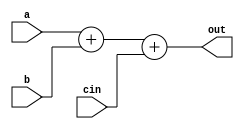
module adder_subtrator(             // module named adder_subtrator. 8038
    output [7:0] out,               // gives output in 7 bit out. 8038
    input [7:0] a,                  // takes input in 7 bit a and b. 8038
    input [7:0] b,
    input cin);                     // takes input in carryIn , cin here. 8038

    assign out = a + b + cin;       // assigning the output out a value of sum of a, b, and  cin. 8038
endmodule





module booths(                      // module named booths . 8038
    output [15:0] result,           //gives output to 16 bit result. 8038
    output validity,                //validity tells when the result is valid. i.e when validity is 0 means the answer is the final answer. 8038
    input [7:0] num1, num2,         //takes input in 8 bit numbers num1 and num2, num1 is mutilplicand and num2 is multiplier. 8038
    input clock, start);            //start determines intial condition to intialize variables. 8038


    reg [7:0] A, Q, M;              // 7 bit registers A,Q,M. M is multiplicand and Q is multiplier. 8038
    reg q;                          // q is initialized to 0 in start. 8038
    reg [3:0] count;                // count is the number of bits. 8 in our case. this also sets basis for validity. 8038
    wire [7:0] sum, diff;           // intermediate wires ( 8 bit ) sum and diff.
always @(posedge clock)             // check for changes in postive clock edge
begin           
        if (start) begin            // if start is 1 then apply the initial conditions of : 
            A <= 8'b0;              // A = 0 initially. 8038
            M <= num1;              // M = num1. 8038
            Q <= num2;              // Q is num2. 8038
            q <= 1'b0;              // q is 0 . 8038
            count <= 4'b0;          // count is given a value of 0 and goes upto 7. 8038
    end
    else begin                      // if start is not 1. 8038
            case ({Q[0], q})        // case on concatenation of Q[0] and q. 8038
            2'b0_1 : {A, Q, q} <= {sum[7], sum, Q};     // this is the logic to perform arithmetic right shift, on {A, Q,q}. 8038
            2'b1_0 : {A, Q, q} <= {diff[7], diff, Q};   // same operation for concatenation being 10 . 8038
            default: {A, Q, q} <= {A[7], A, Q};         // default case  8038
            endcase                         // end of case. 8038
    count <= count + 1'b1;                  // interating count to keep check of validity. 8038
    end                     
end                                   

adder_subtrator add (sum, A, M, 1'b0);   // instantiating adder_subtractor with add which gives op in sum. 8038
adder_subtrator subtract (diff, A, ~M, 1'b1); // instantiating adder_subtractor with subtract which gives op in diff, ( this is the same circuit, but with 1's complement of M, so as to denote subtraction). 8038


assign result = {A, Q};               // constinous assignment to result with concatenation of A and Q. 8038
assign validity = (count < 8);       // updating validity until count reaches its max value. 8038


endmodule                            // end of module booths